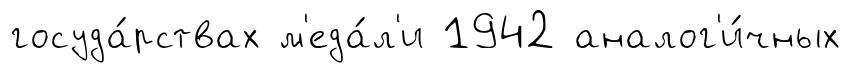
госуда́рствах м'еда́л'и 1942 аналог'и́чных